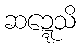
ဆဍ္ဍေသိ